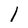
Character: 1